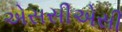
એસસીએસી